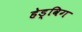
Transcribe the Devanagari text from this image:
हेड्विग